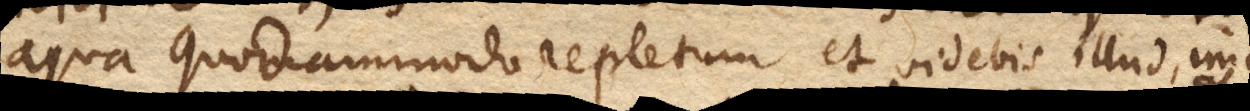
aqua quodammodo repletum et videbis illud, imo